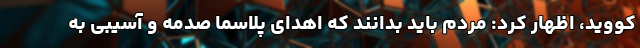
کووید،‌ اظهار کرد: مردم باید بدانند که اهدای پلاسما صدمه و آسیبی به